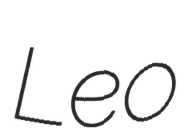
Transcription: Leo